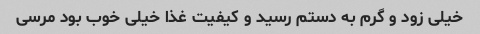
خیلی زود و گرم به دستم رسید و کیفیت غذا خیلی خوب بود مرسی